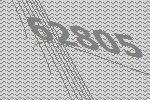
62805